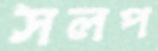
সলপ